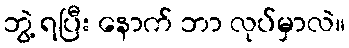
ဘွဲ့ ရပြီး နောက် ဘာ လုပ်မှာလဲ။